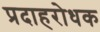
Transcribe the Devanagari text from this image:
प्रदाहरोधक